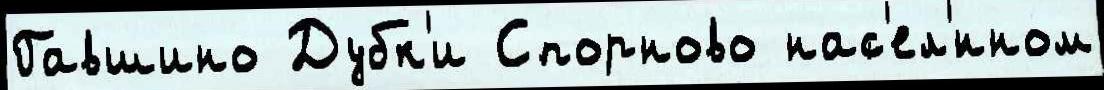
Гавшино Дубк'и Спорново нас'ел'́нном